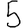
Digit: 5